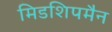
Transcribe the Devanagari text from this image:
मिडशिपमैन